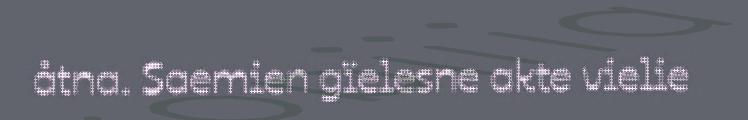
åtna. Saemien gïelesne akte vielie